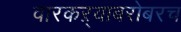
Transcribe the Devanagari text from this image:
वारकऱ्याबरोबरच